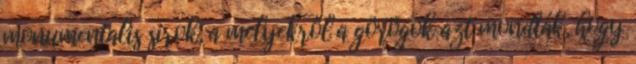
monumentalis sirok, a melyekről a görögök azt mondták, hogy